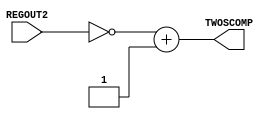
// Computer Architecture (CO224) - Lab 05
// Design: 2's complement operator of Simple Processor
`timescale 1ns/100ps
module twoscomplement (REGOUT2,TWOSCOMP);
  input  [7:0]REGOUT2;
  output [7:0]TWOSCOMP;//output for 2's complement result

  reg [7:0]TWOSCOMP;//register to store 2's complement result

  always @(*)
  begin
       #1;//1 time unit is given to this for lab memory
       TWOSCOMP = (~REGOUT2 + 'b1);//here bits comming from REGOUT2 is inverted and add 1 to it
  end
endmodule